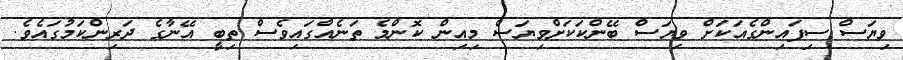
ވިޔަސް ސިފައިންގެއަކަށް ވިޔަސް ބޭންކަކަށްވިޔަސް މިއިން ކޮންމެ ތަނެއްގައިވެސް ތިބީ އޭނާގެ ދަރިންކަމުގައެވެ.